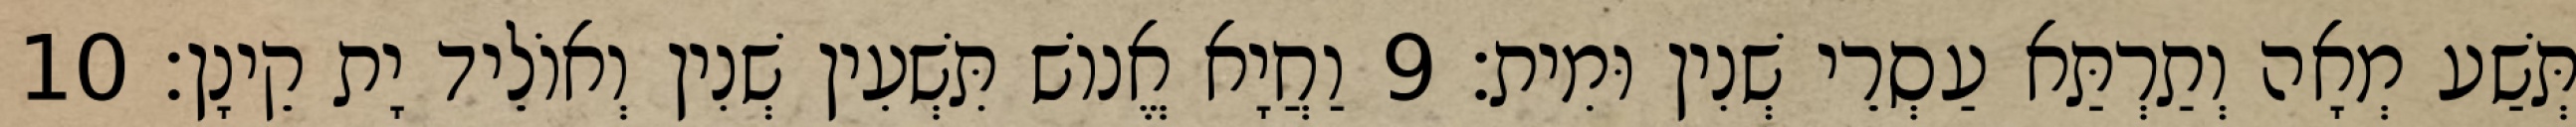
תְּשַׁע מְאָה וְתַרְתַּא עַסְרֵי שְׁנִין וּמִית׃ 9 וַחֲיָא אֱנוֹשׁ תִּשְׁעִין שְׁנִין וְאוֹלֵיד יָת קֵינָן׃ 10